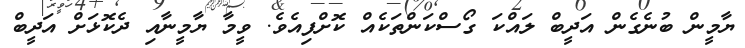
ޔާމީން ބުނެގެން އަދީބް ލައްކަ ގޯސްކަންތަކެއް ކޮށްފިއެވެ. ވީމާ ޔާމީނާއި ދެކޮޅަށް އަދީބް